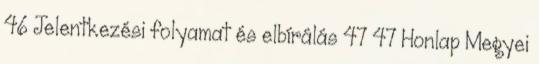
46 Jelentkezési folyamat és elbírálás 47 47 Honlap Megyei